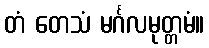
တံ တေသံ မင်္ဂလမုတ္တမံ။